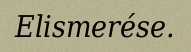
Elismerése.